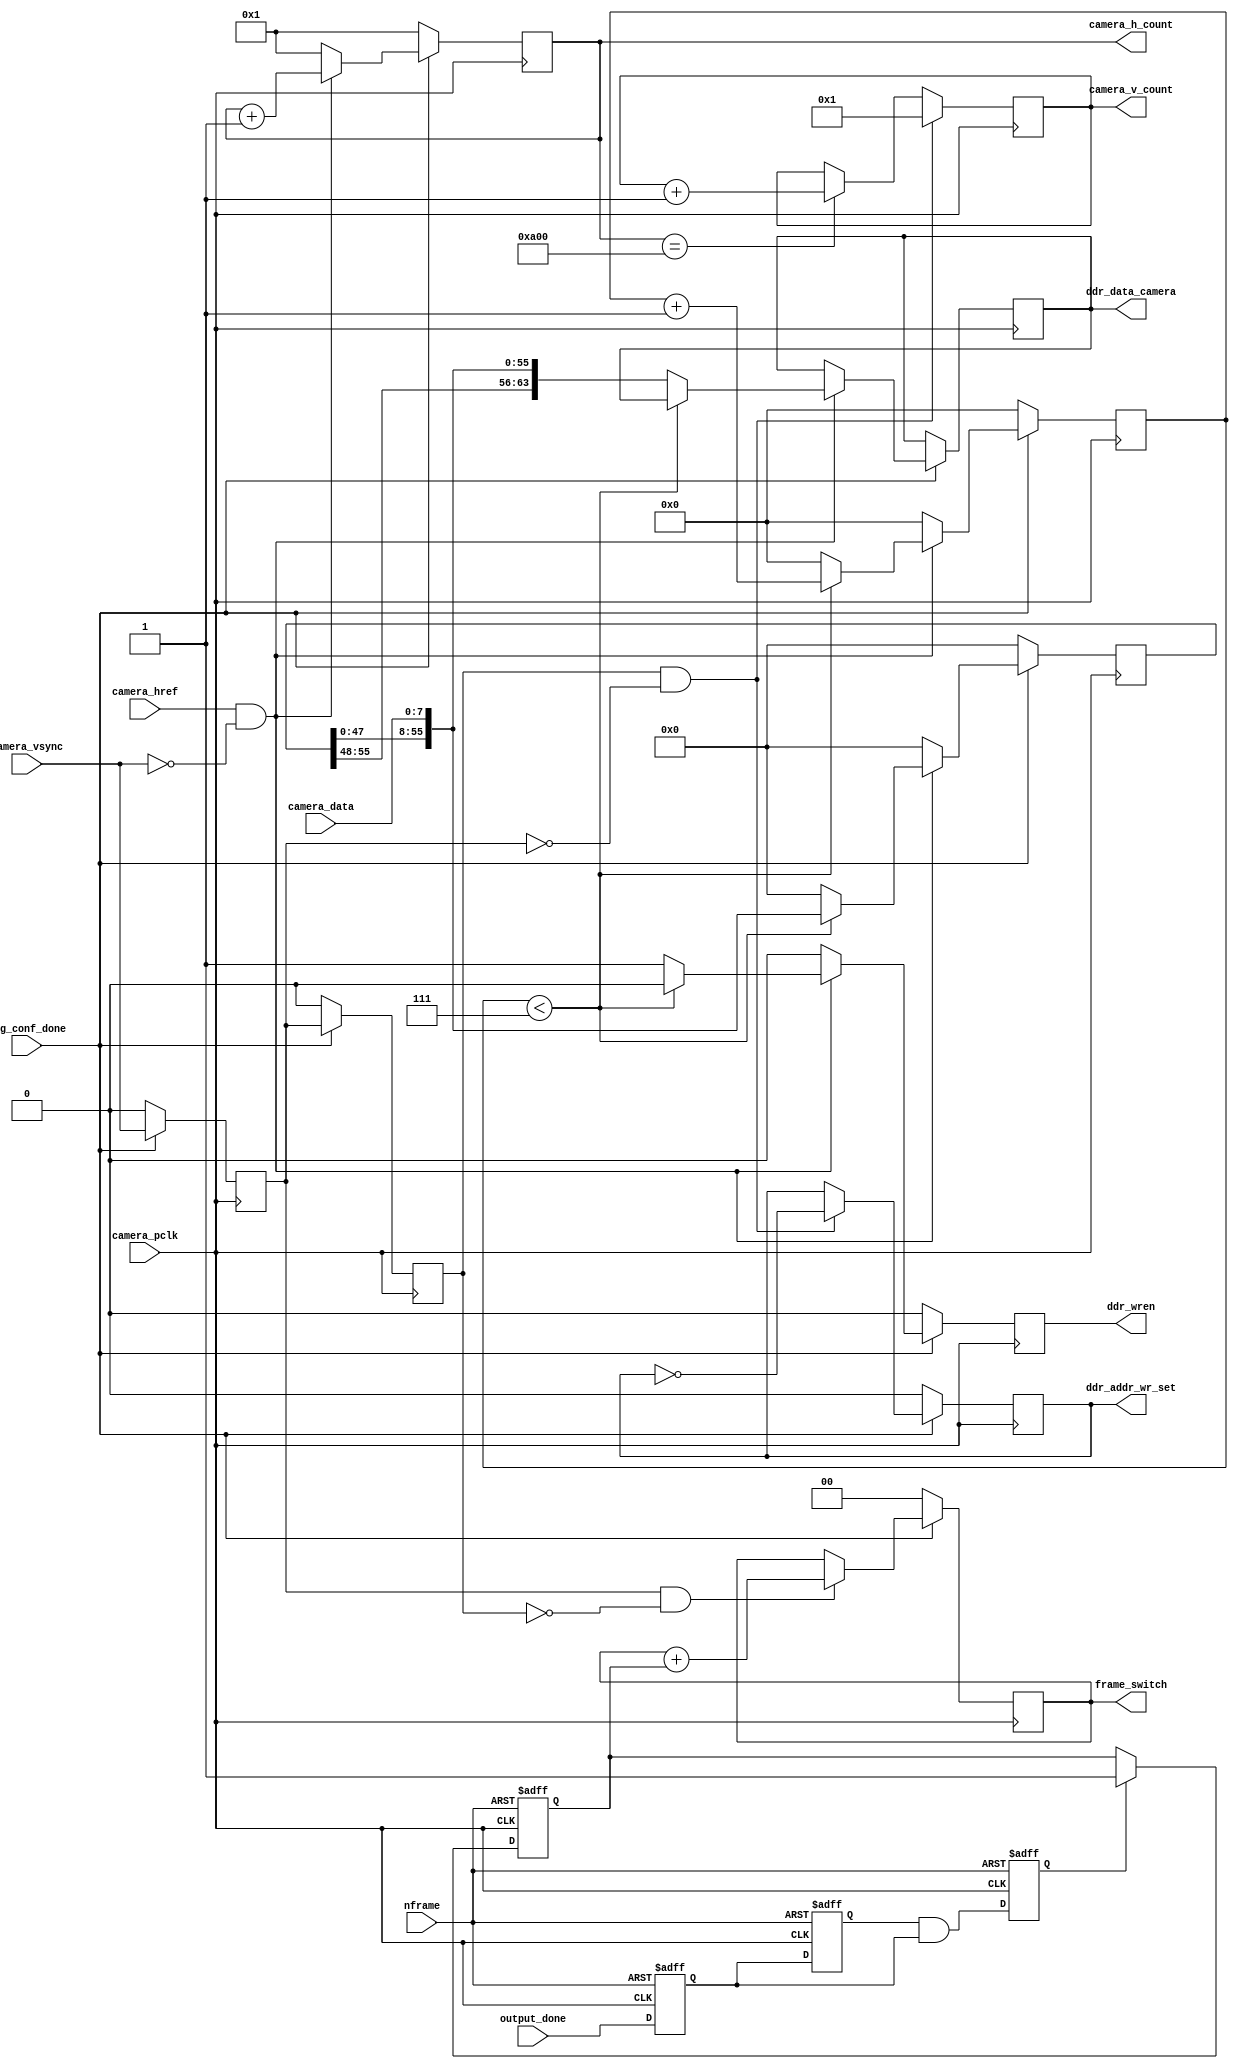
module camera_capture(
	input reg_conf_done,	
	input camera_pclk,
   input camera_href,
	input camera_vsync,
	input [7:0] camera_data,	
	output reg ddr_wren,                             //ddr camera, 
	output reg [63:0] ddr_data_camera,               //ddr camera
	output reg ddr_addr_wr_set,                      //ddr ,ddr
	output reg [11:0] camera_h_count,            //only for chipscope debug
	output reg [10:0] camera_v_count,             //only for chipscope debug
	output reg [1:0] frame_switch,
	input output_done ,
	input nframe      
);

//reg ddr_wren;
//reg [63:0] ddr_data_camera;
//reg ddr_addr_wr_set;

reg [63:0] camera_data_reg;
reg [3:0] counter;

reg camera_vsync_buf1;
reg camera_vsync_buf2;
reg flag_data ;
reg [7:0]camera_data_buf ;
reg [2:0]nframe_counter ;
reg nframe_flag   ;
reg output_done_buf1 ;
reg output_done_buf2 ;
reg output_done_flag ;
reg output_done_buf_flag = 1 ;
reg change_nframe_switch;
reg change_nframe_switch_buf1;
reg change_nframe_switch_buf2;
/*always @ ( posedge camera_pclk  )
	begin
		change_nframe_switch_buf1 <= frame_switch[0] ;
		change_nframe_switch_buf2 <= change_nframe_switch_buf1 ;
		change_nframe_switch      <= change_nframe_switch_buf1 ^ change_nframe_switch_buf2;
	end*/
always @ ( posedge camera_pclk or posedge nframe )
	begin
		if ( nframe )
			output_done_buf_flag <= 0 ;
		else
			if ( output_done_flag )
				output_done_buf_flag <= 1  ;
			
	end
always @ ( posedge camera_pclk or posedge nframe  )
	begin
		if ( nframe )
			begin
				output_done_buf1 <= 0 ;
				output_done_buf2 <= 0 ;
				output_done_flag <= 0 ;
			end
		else
			begin
				output_done_buf1 <= output_done ;
				output_done_buf2 <= output_done_buf1 ;
				output_done_flag <= output_done_buf2 && output_done_buf1 ;
			end
	end
//always @ ( posedge camera_pclk  )
//	begin
//		if ( camera_vsync_buf1&~camera_vsync_buf2)
//			begin
//		    camera_data_buf <= 8'h00 ;
//			 flag_data       <= 0   ;
//			end
//		else
//			if ( camera_v_count== 1 )
//				begin
//						{camera_data_buf,flag_data} <= {camera_data_buf,flag_data} + 1 ;
//				end
//			else
//				if ( camera_v_count== 720 )
//				begin
//					 {camera_data_buf,flag_data} <= {camera_data_buf,flag_data} + camera_href ;
//				end
//				else
//					if ( camera_v_count== 2 )
//						begin
//							camera_data_buf <= 8'h00 ;
//						end
//					else
//						if ( camera_v_count== 3 )
//							begin
//								camera_data_buf <= 8'hBB ;
//							end
//						else
//							begin
//								camera_data_buf <= 8'h00 ;
//							end
//	end


//camera  
always @(posedge camera_pclk)
begin
	 if (!reg_conf_done) 
       camera_h_count<=1;
	 else if((camera_href==1'b1) & (camera_vsync==1'b0))  
       camera_h_count<=camera_h_count+1'b1;	  
	 else 
	 	 camera_h_count<=1;
 
end
reg v_buf1;
reg v_buf2;
reg v_buf_flag;
always @ ( posedge camera_pclk )
	begin
		v_buf1 <= (camera_href==1'b1) & (camera_vsync==1'b0) ;
		v_buf2 <= v_buf1 ;
		v_buf_flag <= v_buf2 && (~v_buf1) ;
	end
//camera
always @(posedge camera_pclk)
begin
	 if (camera_vsync_buf2&~camera_vsync_buf1) 
		begin
       camera_v_count<=1;
		 //camera_data_buf <= 0 ;
		end
	 else if(camera_h_count == 2560)
		begin
       camera_v_count<=camera_v_count+1'b1;
		 //camera_data_buf <= camera_data_buf + 1 ;
		 end 
	 else 
	 	 camera_v_count<=camera_v_count;
		 
end
	
//cameraDDR 8->64
always @(posedge camera_pclk)
begin
	 if (!reg_conf_done) begin 
			camera_data_reg<=0;
			ddr_wren<=1'b0;
			counter<=0;
	 end	
	 else if((camera_href==1'b1) & (camera_vsync==1'b0) )begin//& (output_done_buf_flag == 1) ) begin   
		   if(counter<7) begin                              //0~6camera	  
				 camera_data_reg<={camera_data_reg[55:0],camera_data};
				 counter<=counter+1'b1;
				 ddr_wren<=1'b0;
			end
			else begin                                       //7camera		  
				 ddr_data_camera<={camera_data_reg[55:0],camera_data};
				 camera_data_reg<=0;
				 counter<=0; 
			    ddr_wren<=1'b1;                              //8bytes,ddr				 
			end
	  end
	  else begin
				camera_data_reg<=0;
				ddr_wren<=1'b0;
				counter<=0;
	  end
end

//----------------------------------------------------
//camera
  always @(posedge camera_pclk)
   if (!reg_conf_done) begin
	    camera_vsync_buf1<=1'b0;
		 camera_vsync_buf2<=1'b0;
	    ddr_addr_wr_set<=1'b0;
		 frame_switch<=0;
		 nframe_counter <= 0 ;
		 nframe_flag <= 0 ;
   end
   else begin
		 camera_vsync_buf1<=camera_vsync;
		 camera_vsync_buf2<=camera_vsync_buf1;
       if (camera_vsync_buf2&(~camera_vsync_buf1))      //vsync,ddr
			ddr_addr_wr_set<=~ddr_addr_wr_set;
//		   ddr_addr_wr_set<=1'b1;
//		 else
//		   ddr_addr_wr_set<=1'b0;

       if (camera_vsync_buf1& (~camera_vsync_buf2) )      //vsync,Frame
		   frame_switch<=frame_switch + output_done_buf_flag;
   
   end

		
endmodule